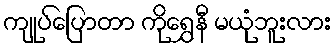
ကျုပ်ပြောတာ ကိုရွှေနီ မယုံဘူးလား